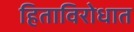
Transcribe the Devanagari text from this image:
हिताविरोधात